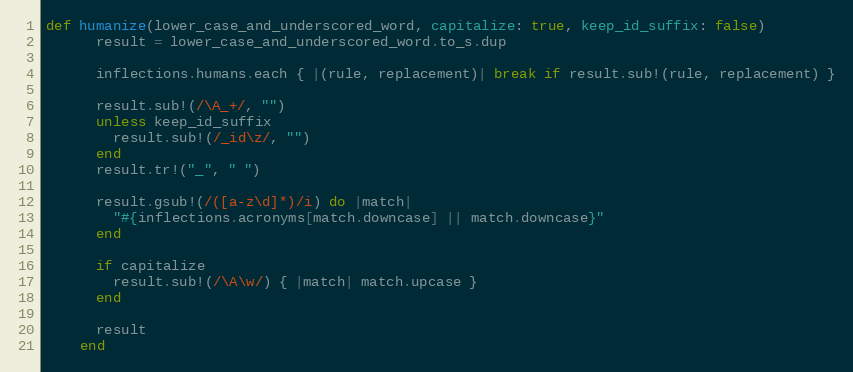
Language: Ruby
def humanize(lower_case_and_underscored_word, capitalize: true, keep_id_suffix: false)
      result = lower_case_and_underscored_word.to_s.dup

      inflections.humans.each { |(rule, replacement)| break if result.sub!(rule, replacement) }

      result.sub!(/\A_+/, "")
      unless keep_id_suffix
        result.sub!(/_id\z/, "")
      end
      result.tr!("_", " ")

      result.gsub!(/([a-z\d]*)/i) do |match|
        "#{inflections.acronyms[match.downcase] || match.downcase}"
      end

      if capitalize
        result.sub!(/\A\w/) { |match| match.upcase }
      end

      result
    end